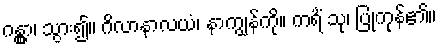
ဂန္တွာ၊ သွား၍။ ဂိလာနာလယံ၊ နာကျွန်ကို။ ကရိံ သု၊ ပြုကုန်၏။